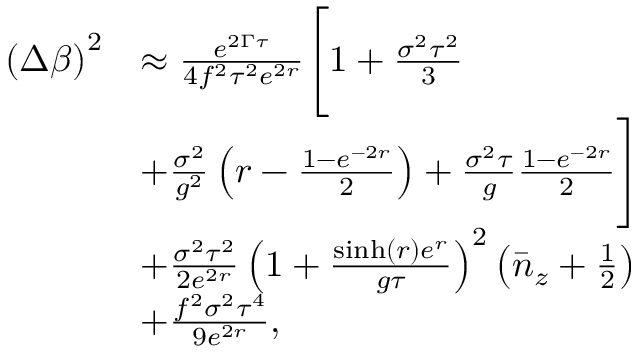
\begin{array} { r l } { \left( \Delta \beta \right) ^ { 2 } } & { \approx \frac { e ^ { 2 \Gamma \tau } } { 4 f ^ { 2 } \tau ^ { 2 } e ^ { 2 r } } \Bigg [ 1 + \frac { \sigma ^ { 2 } \tau ^ { 2 } } { 3 } } \\ & { + \frac { \sigma ^ { 2 } } { g ^ { 2 } } \left( r - \frac { 1 - e ^ { - 2 r } } { 2 } \right) + \frac { \sigma ^ { 2 } \tau } { g } \frac { 1 - e ^ { - 2 r } } { 2 } \Bigg ] } \\ & { + \frac { \sigma ^ { 2 } \tau ^ { 2 } } { 2 e ^ { 2 r } } \left( 1 + \frac { \sinh ( r ) e ^ { r } } { g \tau } \right) ^ { 2 } \left( \bar { n } _ { z } + \frac { 1 } { 2 } \right) } \\ & { + \frac { f ^ { 2 } \sigma ^ { 2 } \tau ^ { 4 } } { 9 e ^ { 2 r } } , } \end{array}